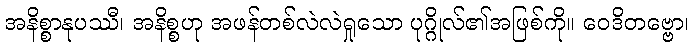
အနိစ္စာနုပဿီ၊ အနိစ္စဟု အဖန်တစ်လဲလဲရှုသော ပုဂ္ဂိုလ်၏အဖြစ်ကို။ ဝေဒိတဗ္ဗော၊